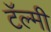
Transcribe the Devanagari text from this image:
टॅल्मी